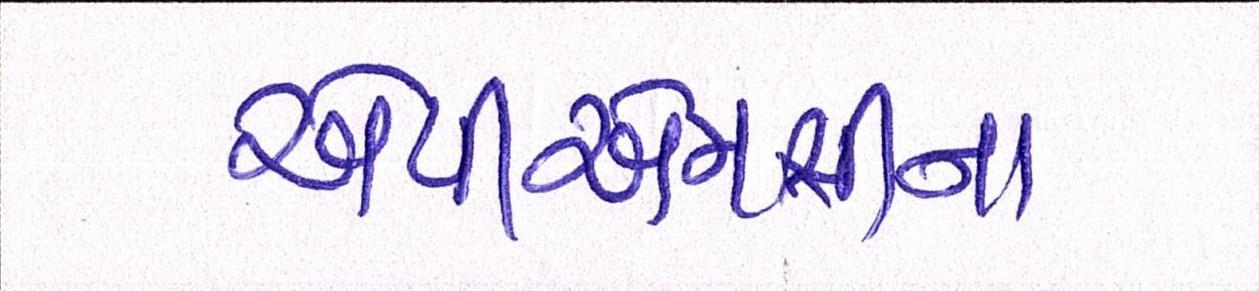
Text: એપીએમસીના